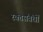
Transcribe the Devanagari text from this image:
रक्तसंबंधों